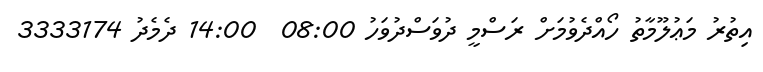
އިތުރު މަޢުލޫމާތު ހޯއްދެވުމަށް ރަސްމީ ދުވަސްދުވަހު 08:00  14:00 ދެމެދު 3333174